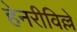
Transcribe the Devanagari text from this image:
हेनरीविल्ले